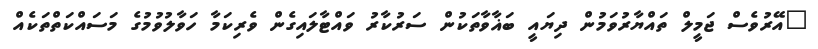
"އޭރުވެސް ޖަމީލް ތައްޔާރުވަމުން ދިޔައީ ބަޣާވާތަކުން ސަރުކާރު ވައްޓާލައިގެން ވެރިކަމާ ހަވާލުވުމުގެ މަސައްކަތްތަކެއް